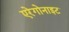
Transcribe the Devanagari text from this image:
एरेगोनाइट